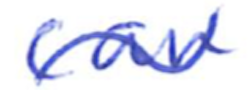
Text: can
Cross-out: wave
Writing tool: ballpoint